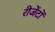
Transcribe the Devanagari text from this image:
रीजेंटों